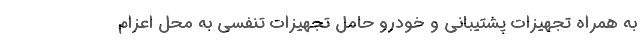
به همراه تجهیزات پشتیبانی و خودرو حامل تجهیزات تنفسی به محل اعزام